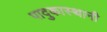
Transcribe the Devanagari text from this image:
पादुकास्थानी